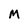
Character: M